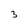
Character: 3